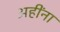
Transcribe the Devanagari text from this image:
अहींना